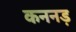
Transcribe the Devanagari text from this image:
कननड़